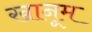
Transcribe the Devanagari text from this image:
खानूम